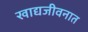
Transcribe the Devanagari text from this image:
खाद्यजीवनात